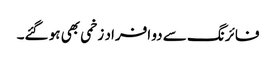
فائرنگ سے دو افراد زخمی بھی ہو گئے۔